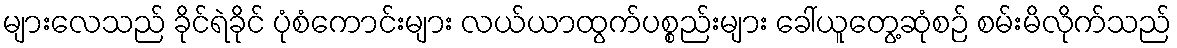
များလေသည် ခိုင်ရဲခိုင် ပုံစံကောင်းများ လယ်ယာထွက်ပစ္စည်းများ ခေါ်ယူတွေ့ဆုံစဉ် စမ်းမိလိုက်သည်